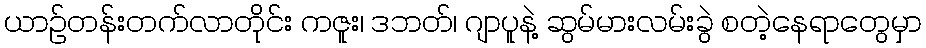
ယာဉ်တန်းတက်လာတိုင်း ကဇူး၊ ဒဘတ်၊ ဂျာပူနဲ့ ဆွမ်မားလမ်းခွဲ စတဲ့နေရာတွေမှာ